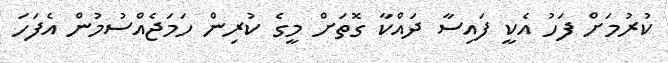
ކުރުމަށް ފަހު އެކީ ފައިސާ ދައްކާ ގޮތަށް މީގެ ކުރިން ހަމަޖެއްސުމުން އެފަހަ